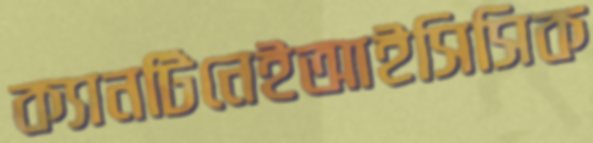
ক্যানটিনেইআইসিসিক